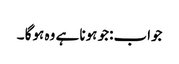
جواب:جو ہونا ہے وہ ہوگا ۔